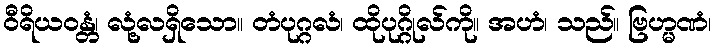
ဝီရိယဝန္တံ၊ လုံ့လရှိသော။ တံပုဂ္ဂလံ၊ ထိုပုဂ္ဂိုလ်ကို။ အဟံ၊ သည်။ ဗြဟ္မဏံ၊